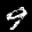
Label: 9